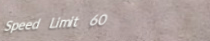
Speed Limit 60